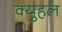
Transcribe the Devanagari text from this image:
क्युहल